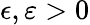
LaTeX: \epsilon,\varepsilon>0